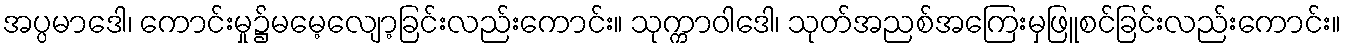
အပ္ပမာဒေါ၊ ကောင်းမှု၌မမေ့လျော့ခြင်းလည်းကောင်း။ သုက္ကာဝါဒေါ၊ သုတ်အညစ်အကြေးမှဖြူစင်ခြင်းလည်းကောင်း။